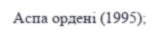
Аспа ордені (1995);